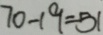
7 0 - 1 9 = 5 1